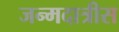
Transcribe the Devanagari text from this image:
जन्मदात्रीस